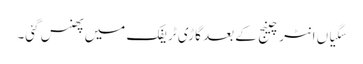
سگیاں انٹرچینج کے بعد گاڑی ٹریفک میں پھنس گئی۔